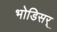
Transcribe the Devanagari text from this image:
भोडिसर्